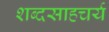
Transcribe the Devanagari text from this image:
शब्दसाहचर्य